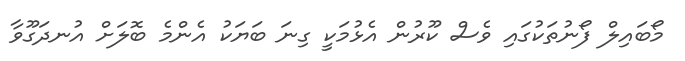
މޯބައިލް ފޯނުތަކުގައި ވެސް ކޫރުން އެޅުމަކީ ގިނަ ބަޔަކު އެންމެ ބޮލަށް އުނދަގޫވާ